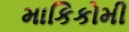
માકિકોમી